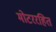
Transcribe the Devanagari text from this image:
मोटररहित